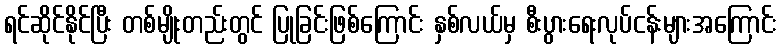
ရင်ဆိုင်နိုင်ပြီး တစ်မျိုးတည်းတွင် ပြုခြင်းဖြစ်ကြောင်း နှစ်လယ်မှ စီးပွားရေးလုပ်ငန်းများအကြောင်း